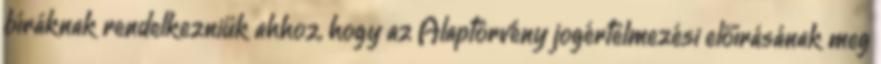
bíráknak rendelkezniük ahhoz, hogy az Alaptörvény jogértelmezési előírásának meg